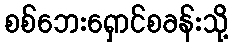
စစ်ဘေးရှောင်စခန်းသို့